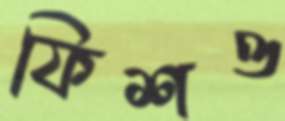
ফিশও